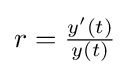
{\textstyle r={\frac {y'(t)}{y(t)}}}